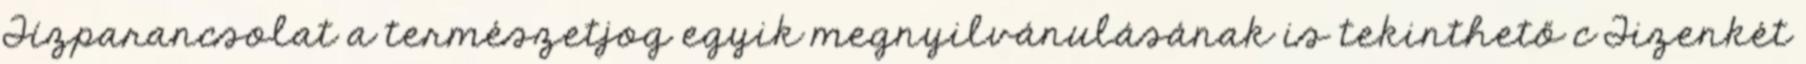
Tízparancsolat a természetjog egyik megnyilvánulásának is tekinthető c Tizenkét